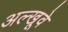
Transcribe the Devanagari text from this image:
अल्खूवे